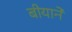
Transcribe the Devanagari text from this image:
बीयाने